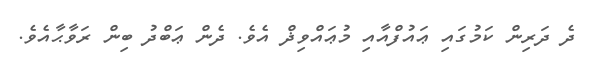
ދެ ދަރިން ކަމުގައި ޢައުފްއާއި މުޢައްވިޛް އެވެ. ދެން ޢަބްދު ބިން ރަވާޙާއެވެ.